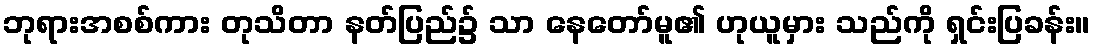
ဘုရားအစစ်ကား တုသိတာ နတ်ပြည်၌ သာ နေတော်မူ၏ ဟုယူမှား သည်ကို ရှင်းပြခန်း။